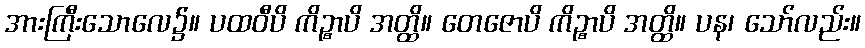
အားကြီးသောလေ၌။ ပထဝီပိ ကိဉ္စာပိ အတ္ထိ။ တေဇောပိ ကိဉ္စာပိ အတ္ထိ။ ပန၊ သော်လည်း။